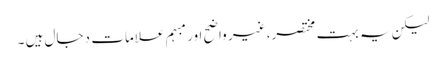
لیکن یہ بہت مختصر، غیر واضح اور مبہم علامات ِ دجال ہیں ۔